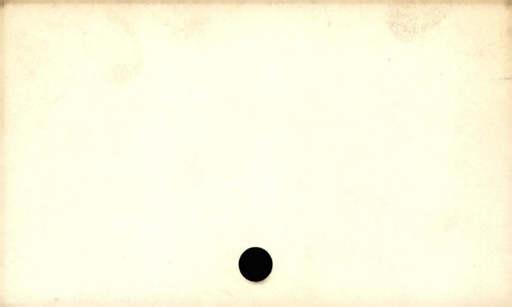
Label: blank